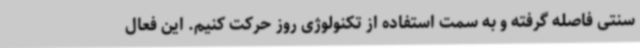
سنتی فاصله گرفته و به سمت استفاده از تکنولوژی روز حرکت کنیم. این فعال